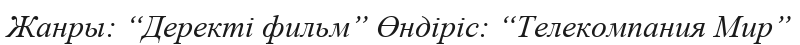
Жанры: “Деректі фильм” Өндіріс: “Телекомпания Мир”